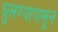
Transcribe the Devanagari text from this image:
घुसण्यापासून